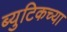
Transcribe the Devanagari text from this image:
ब्युटिकच्या